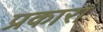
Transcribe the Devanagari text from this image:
प्रकारां